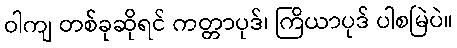
ဝါကျ တစ်ခုဆိုရင် ကတ္တာပုဒ်၊ ကြိယာပုဒ် ပါစမြဲပဲ။